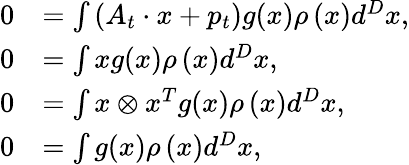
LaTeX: \begin{array}{rl}{0}&{=\int\left(A_{t}\cdot x+p_{t}\right)g(x)\rho\left(x\right)d^{D}x,}\\ {0}&{=\int xg(x)\rho\left(x\right)d^{D}x,}\\ {0}&{=\int x\otimes x^{T}g(x)\rho\left(x\right)d^{D}x,}\\ {0}&{=\int g(x)\rho\left(x\right)d^{D}x,}\end{array}